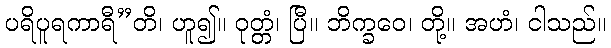
ပရိပူရကာရီ”တိ၊ ဟူ၍။ ဝုတ္တံ၊ ပြီ။ ဘိက္ခဝေ၊ တို့။ အဟံ၊ ငါသည်။